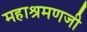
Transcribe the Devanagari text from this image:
महाश्रमणजी